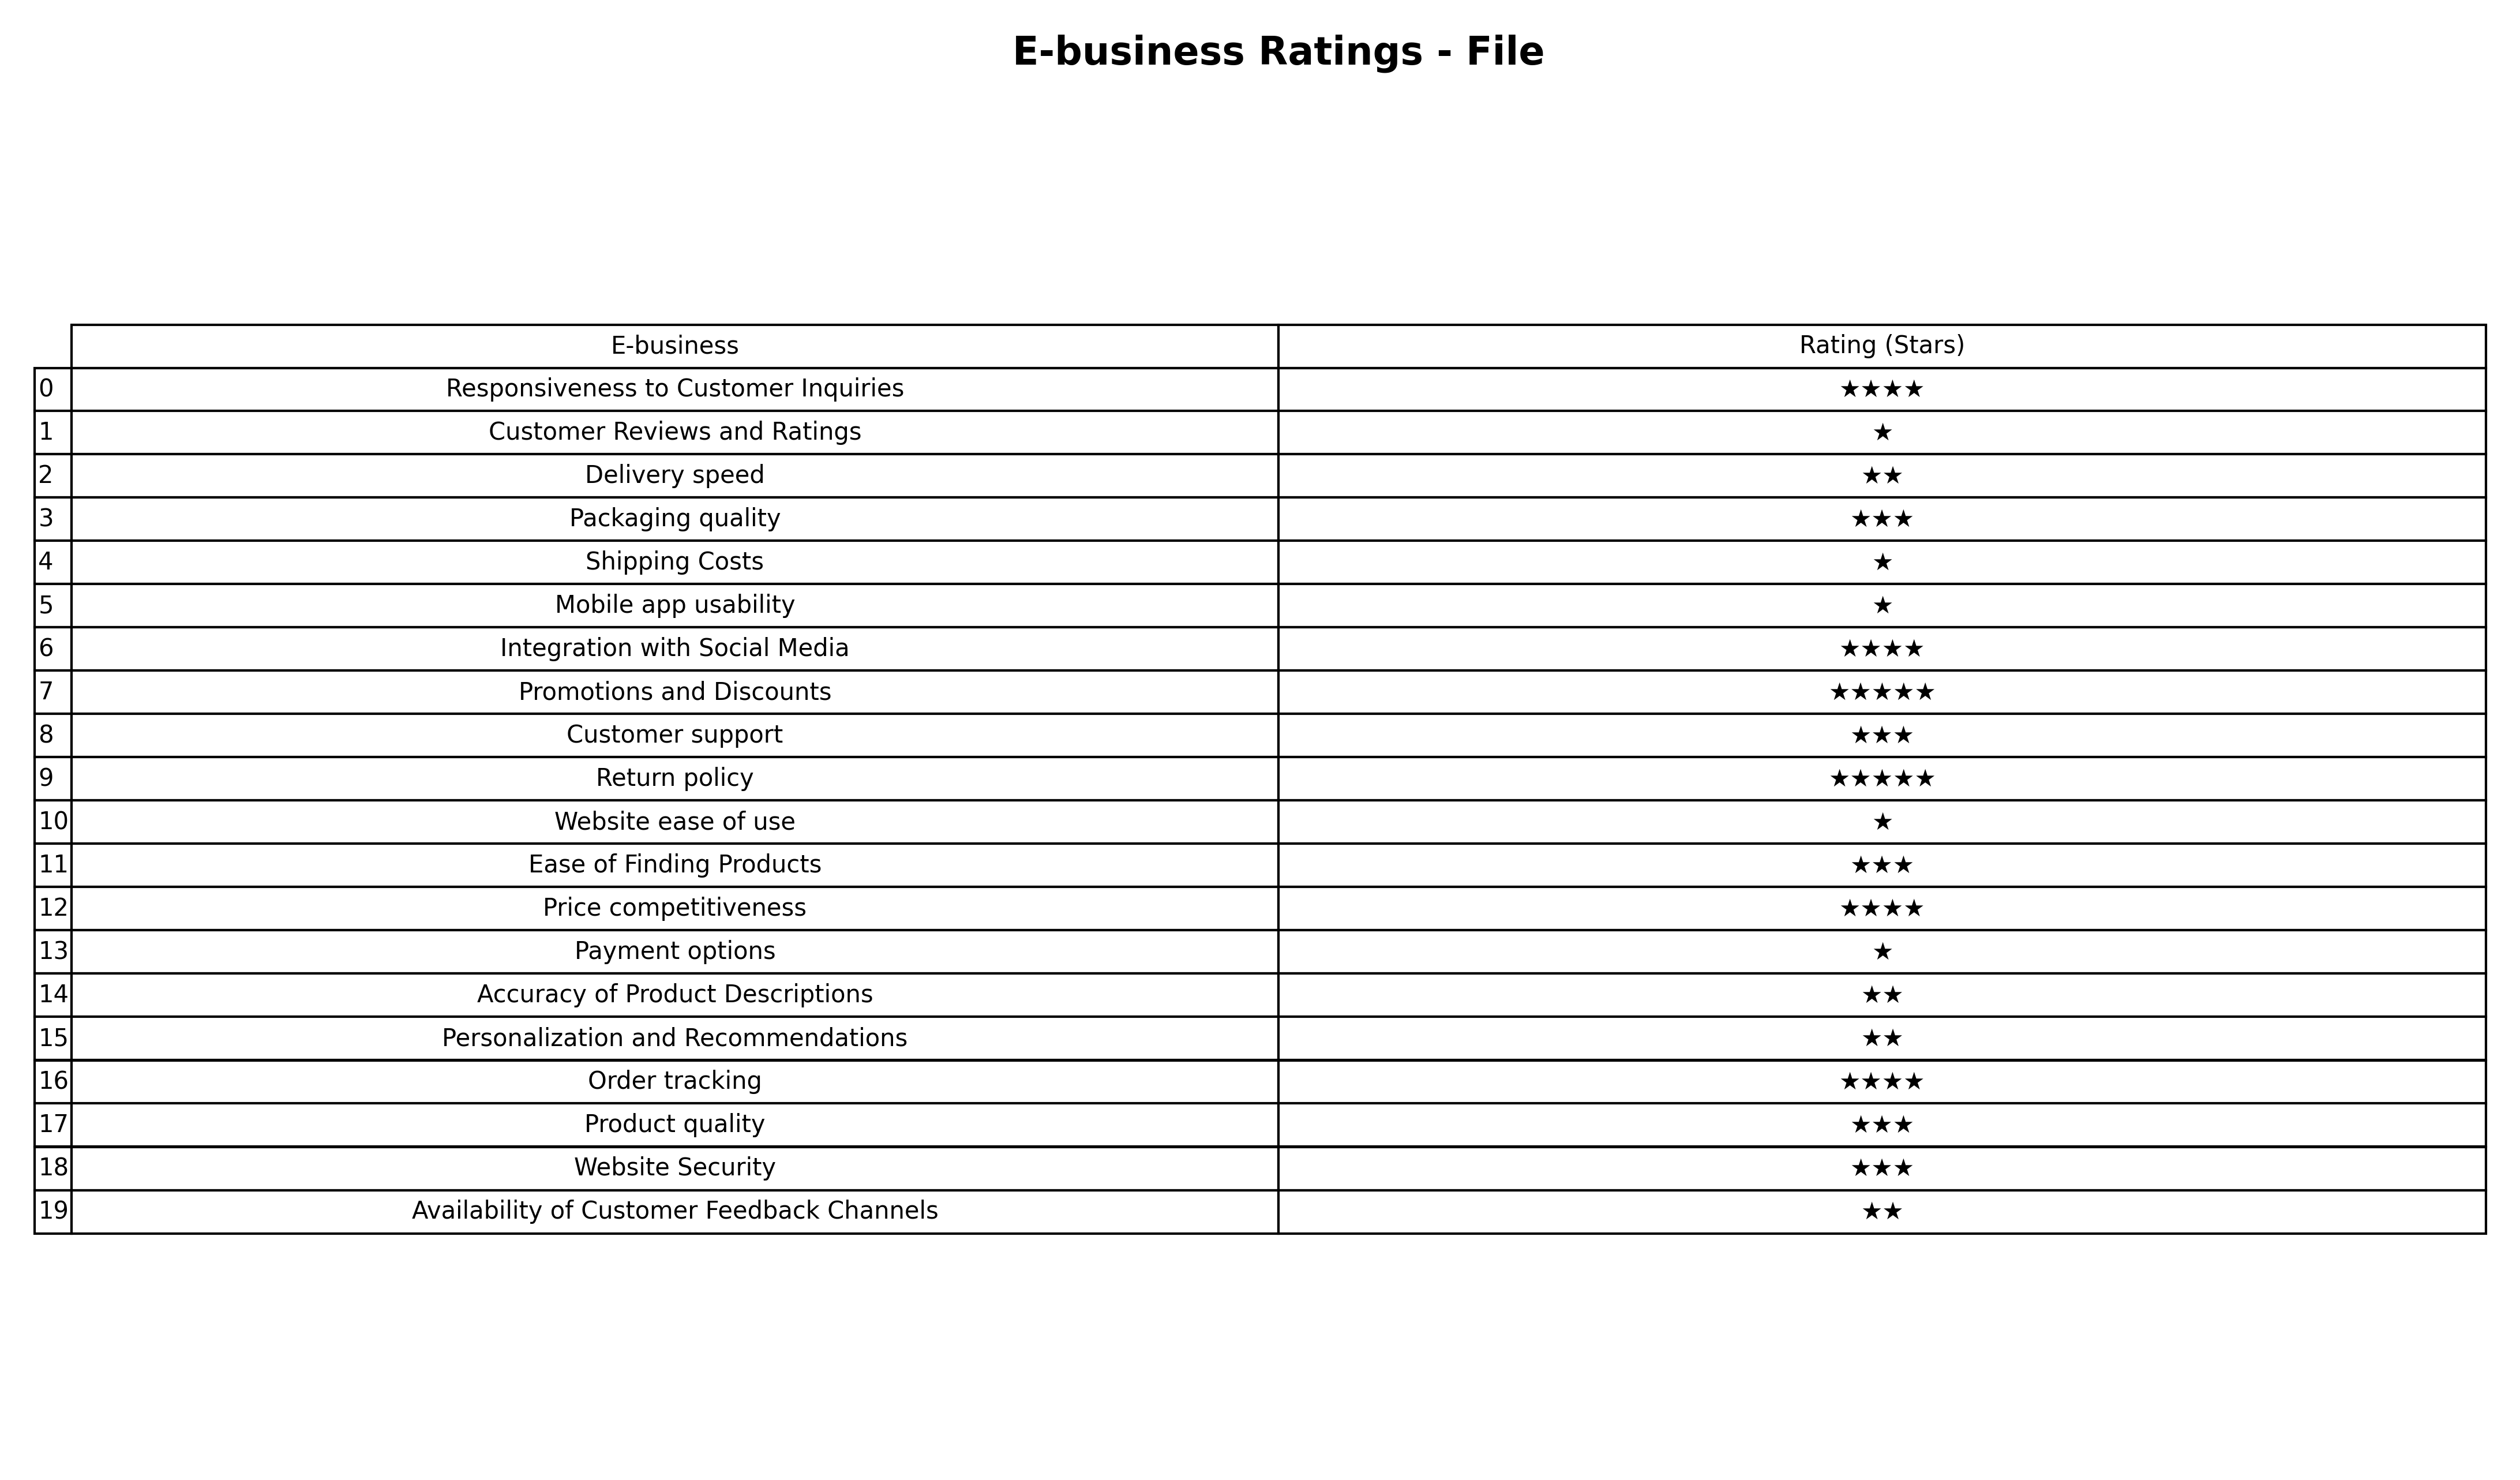
question: Which services are rated average?
answer: Packaging qualityCustomer supportEase of Finding ProductsProduct qualityWebsite Security